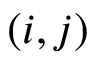
( i , j )